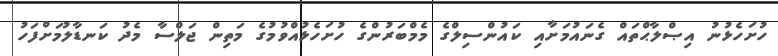
ހުށަހެޅުނު އިޞްލާޙްތައް ގެނައުމަށާއި ކައުންސިލްގެ މެމްބަރުންގެ ހުށަހެޅުއްވުމުގެ މަތިން ޖަލްސާ މެދު ކަނޑާލުމަށްފަހު